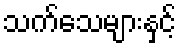
သက်သေများနှင့်